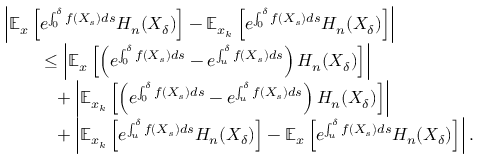
\begin{array} { r l } & { \left| \mathbb { E } _ { x } \left[ e ^ { \int _ { 0 } ^ { \delta } f ( X _ { s } ) d s } H _ { n } ( X _ { \delta } ) \right] - \mathbb { E } _ { x _ { k } } \left[ e ^ { \int _ { 0 } ^ { \delta } f ( X _ { s } ) d s } H _ { n } ( X _ { \delta } ) \right] \right| } \\ & { \phantom { \quad \quad } \leq \left| \mathbb { E } _ { x } \left[ \left( e ^ { \int _ { 0 } ^ { \delta } f ( X _ { s } ) d s } - e ^ { \int _ { u } ^ { \delta } f ( X _ { s } ) d s } \right) H _ { n } ( X _ { \delta } ) \right] \right| } \\ & { \phantom { \quad \quad = } + \left| \mathbb { E } _ { x _ { k } } \left[ \left( e ^ { \int _ { 0 } ^ { \delta } f ( X _ { s } ) d s } - e ^ { \int _ { u } ^ { \delta } f ( X _ { s } ) d s } \right) H _ { n } ( X _ { \delta } ) \right] \right| } \\ & { \phantom { \quad \quad = } + \left| \mathbb { E } _ { x _ { k } } \left[ e ^ { \int _ { u } ^ { \delta } f ( X _ { s } ) d s } H _ { n } ( X _ { \delta } ) \right] - \mathbb { E } _ { x } \left[ e ^ { \int _ { u } ^ { \delta } f ( X _ { s } ) d s } H _ { n } ( X _ { \delta } ) \right] \right| . } \end{array}